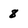
Character: 8